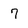
Character: 7